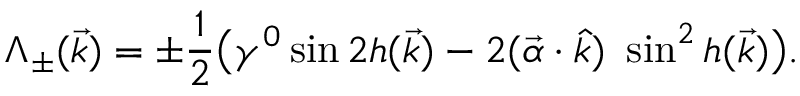
\Lambda _ { \pm } ( \vec { k } ) = \pm \frac { 1 } { 2 } \big ( \gamma ^ { 0 } \sin 2 h ( \vec { k } ) - 2 ( \vec { \alpha } \cdot \hat { k } ) ~ \sin ^ { 2 } h ( \vec { k } ) \big ) .